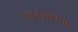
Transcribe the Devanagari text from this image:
पानोळ्यात